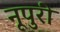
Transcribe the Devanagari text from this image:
नूपुरी